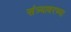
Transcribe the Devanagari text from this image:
संत्र्यावरच्या